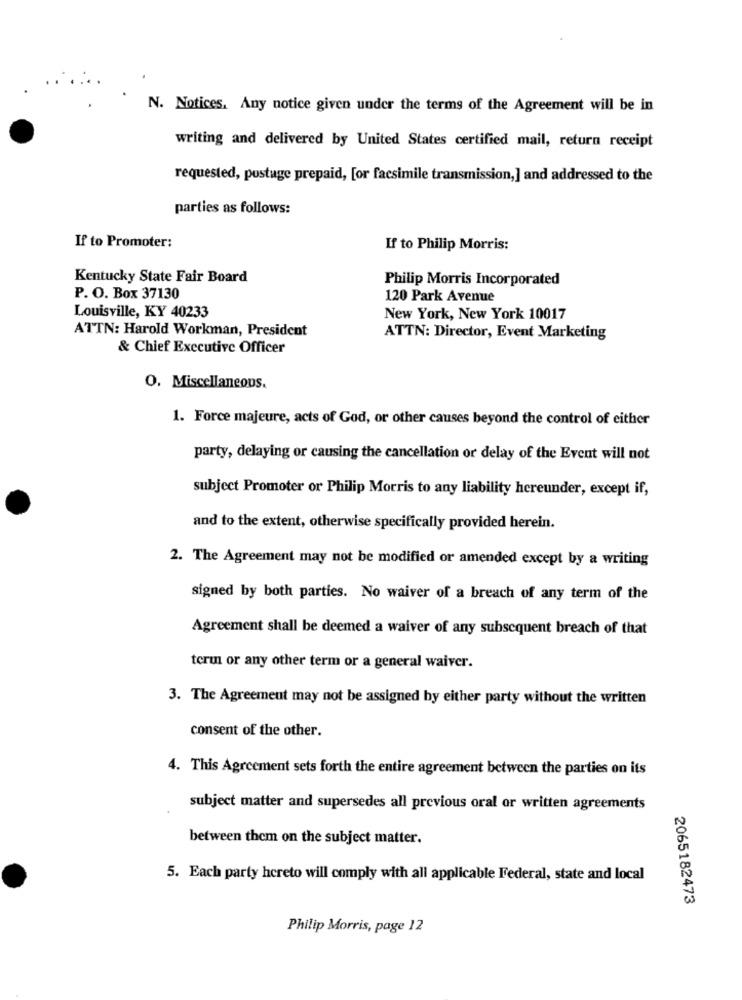
N. Notices, Any notice given under the terms of the Agreement will be in
writing and delivered by United States certified mail, return receipt
requested, pustuge prepaid, [or facsimile transmission,] and addressed to the
parties as follows:
If to Promoter:
If to Philip Morris:
Kentucky State Fair Board
Philip Morris Incorporated
P. O. Box 37130
120 Park Avenue
Louisville, KY 40233
New York, New York 10017
ATTN: Harold Workman, President
ATTN: Director, Event Marketing
& Chief Executive Officer
O. Miscellaneous.
1. Force majeure, acts of God, or other causes beyond the control of either
party, delaying or causing the cancellation or delay of the Event will not
subject Promoter or Philip Morris to any liability hereunder, except if,
and to the extent, otherwise specifically provided herein.
2. The Agreement may not be modified or amended except by a writing
signed by both parties. No waiver of a breach of any term of the
Agreement shall be deemed a waiver of any subsequent breach of that
teru or any other term or a general waiver.
3. The Agreement may not be assigned by either party without the written
consent of the other.
4. This Agreement sets forth the entire agreement between the parties on its
subject matter and supersedes all previous oral or written agreements
between them on the subject matter.
5. Each party hereto will comply with all applicable Federal, state and local
2065182473
Philip Morris, page 12